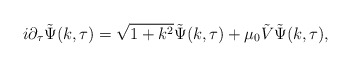
\begin{align*}i\partial_{\tau}\tilde{\Psi}(k, \tau) = \sqrt{1+k^{2}} \tilde{\Psi}(k, \tau) + \mu_{0}\tilde{V}\tilde{\Psi}(k, \tau),\end{align*}